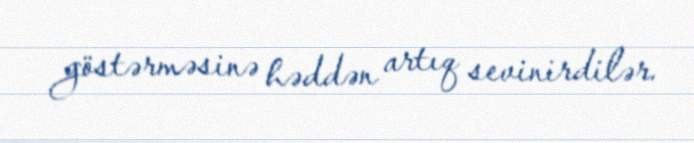
göstərməsinə həddən artıq sevinirdilər.